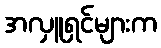
အလှူရှင်များက